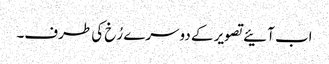
اب آئیے تصویر کے دوسرے رُخ کی طرف۔